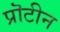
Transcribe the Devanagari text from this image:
प्रॊटीन